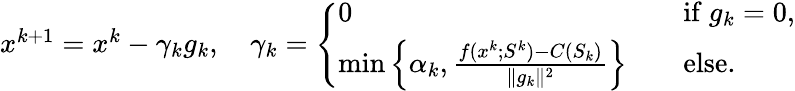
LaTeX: \begin{array}{r}{x^{k+1}=x^{k}-\gamma_{k}g_{k},\quad\gamma_{k}=\left\{ \begin{array}{ll}{0\quad}&{\mathrm{if~}g_{k}=0,}\\ {\operatorname*{min}\Big\{ \alpha_{k},\frac{f(x^{k};S^{k})-C(S_{k})}{\| g_{k}\| ^{2}}\Big\} \quad}&{\mathrm{else}.}\end{array}\right.}\end{array}